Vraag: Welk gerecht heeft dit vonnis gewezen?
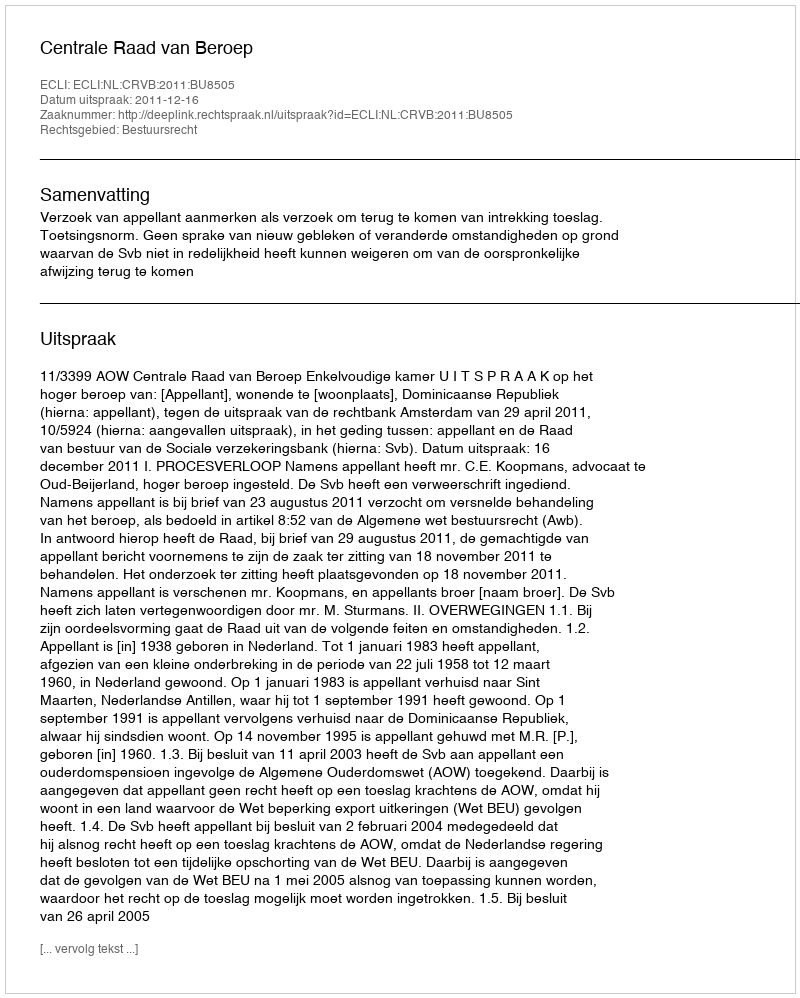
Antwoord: Centrale Raad van Beroep